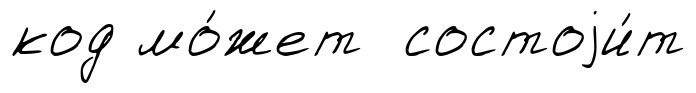
код мо́жет состоjи́т